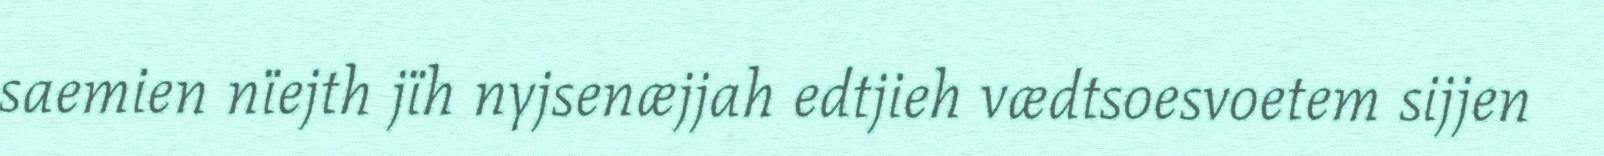
saemien nïejth jïh nyjsenæjjah edtjieh vædtsoesvoetem sijjen